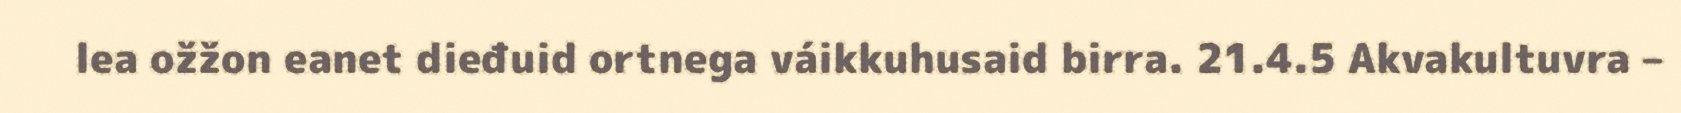
lea ožžon eanet dieđuid ortnega váikkuhusaid birra. 21.4.5 Akvakultuvra –